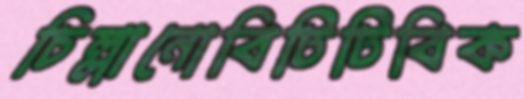
চিল্লানোবিটিটিবিক